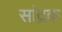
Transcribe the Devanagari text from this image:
सांद्रक